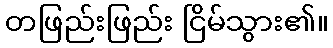
တဖြည်းဖြည်း ငြိမ်သွား၏။